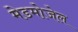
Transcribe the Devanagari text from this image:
मेडमोजेल